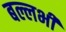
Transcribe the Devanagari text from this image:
बल्लभी